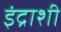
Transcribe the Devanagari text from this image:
इंद्राशी